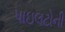
પાઇલટોની